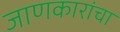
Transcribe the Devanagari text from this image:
जाणकारांचा